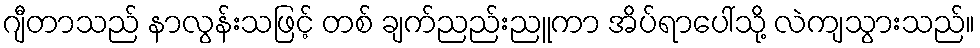
ဂျီတာသည် နာလွန်းသဖြင့် တစ် ချက်ညည်းညူကာ အိပ်ရာပေါ်သို့ လဲကျသွားသည်။